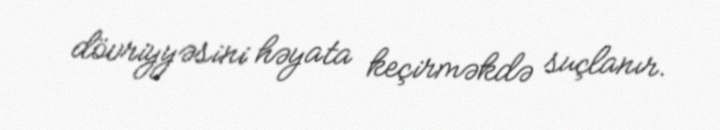
dövriyyəsini həyata keçirməkdə suçlanır.